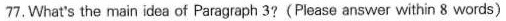
77.What's the main idea of Paragraph 3?(Please answer within 8 words)